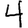
Digit: 4